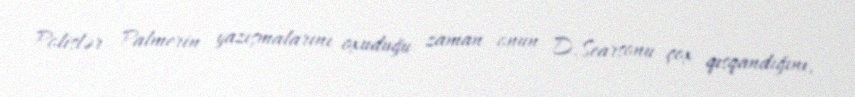
Polislər Palmerin yazışmalarını oxuduğu zaman onun D.Searsonu çox qısqandığını,